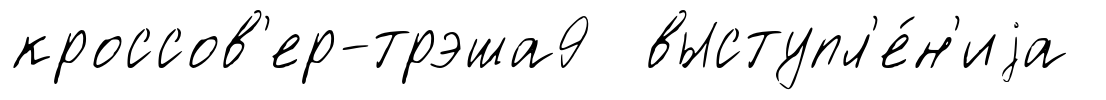
кроссов'ер-трэша9 выступл'е́н'иjа